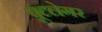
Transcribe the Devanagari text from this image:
बूटलेगर